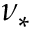
\nu _ { \ast }